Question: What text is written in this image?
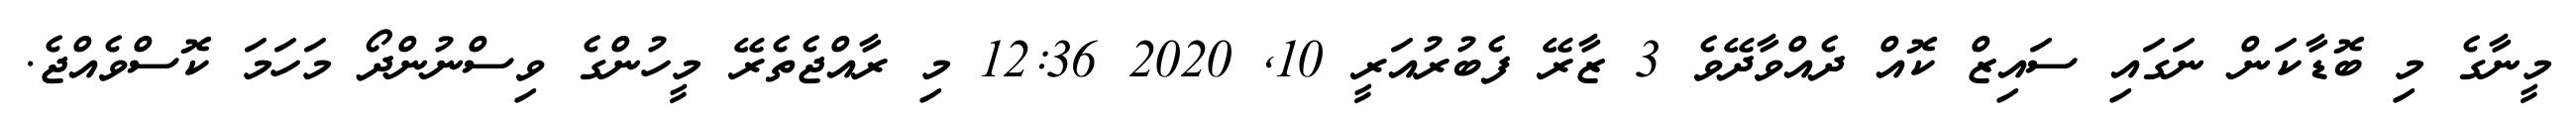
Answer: މީނާގެ މި ބޮޑާކަން ނަގައި ސައިޒް ކޮއް ދެއްވާދޭވެ 3 ޒާރޭ ފެބުރުއަރީ 10, 2020 12:36 މި ރާއްޖެތެރޭ މީހުންގެ ވިސްނުންދޯ މަހަމަ ކޮސްވެއްޖެ.